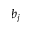
b _ { j }